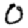
Digit: 0